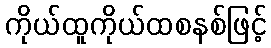
ကိုယ်ထူကိုယ်ထစနစ်ဖြင့်